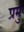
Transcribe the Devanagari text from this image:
प्रमु